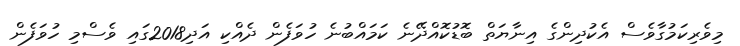
މިވެރިކަމުގާވެސް އެކުދިންގެ އިނާޔަތް ބޮޑުކޮއްދޭނެ ކަމައްބުނެ ހުވަފެން ދެއްކި އަދި2018ގައި ވެސްމި ހުވަފެން